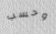
وحسب